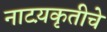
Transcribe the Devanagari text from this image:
नाटय़कृतीचे